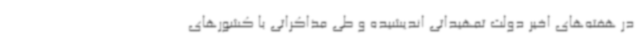
در هفته‌های اخیر دولت تمهیداتی اندیشیده و طی مذاکراتی با کشورهای